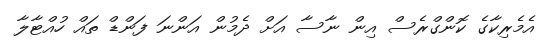
އެމެރިކާގެ ކޮންގްރެސް އިން ނާސާ އަށް ދެމުން އަންނަ ފަންޑް ތައް ހުއްޓާލާ